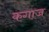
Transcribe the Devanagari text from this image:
कगाज